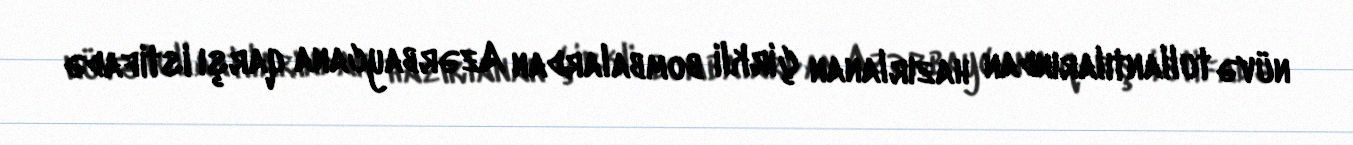
nüvə tullantılarından hazırlanan çirkli bombalardan Azərbaycana qarşı istifadə